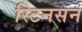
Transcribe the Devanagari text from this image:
स्टिनसन